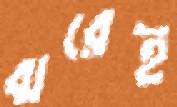
ঝরেই